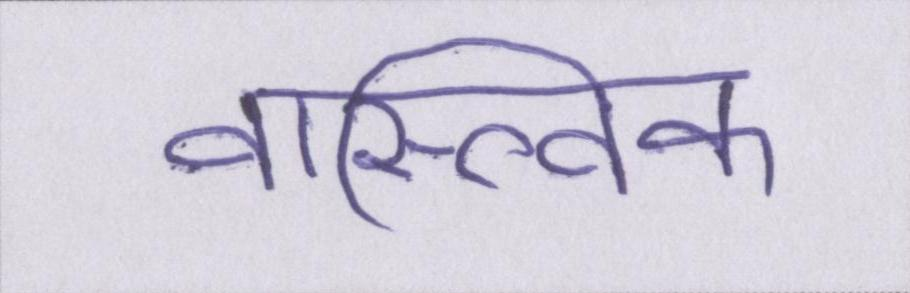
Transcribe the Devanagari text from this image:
वास्त्विक